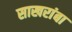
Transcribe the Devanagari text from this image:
साखरांबा